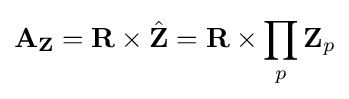
\mathbf {A} _{\mathbf {Z} }=\mathbf {R} \times {\hat {\mathbf {Z} }}=\mathbf {R} \times \prod _{p}\mathbf {Z} _{p}